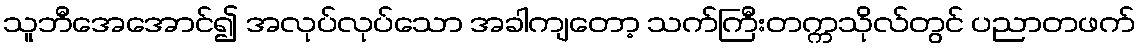
သူဘီအေအောင်၍ အလုပ်လုပ်သော အခါကျတော့ သက်ကြီးတက္ကသိုလ်တွင် ပညာတဖက်